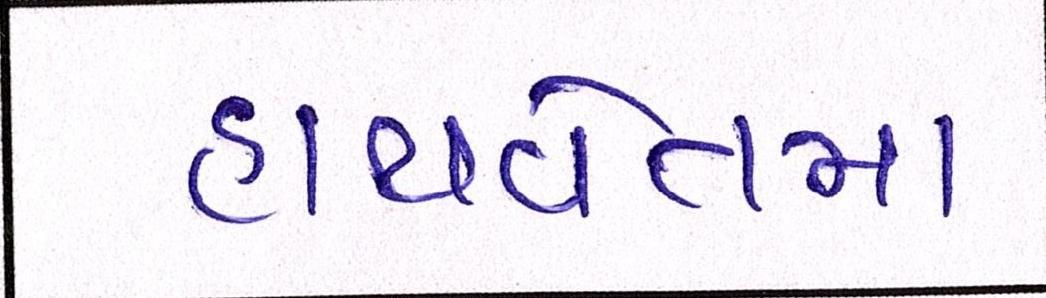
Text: હાથવેતમા